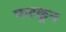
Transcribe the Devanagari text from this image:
फटकून